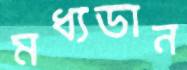
মধ্যডান